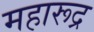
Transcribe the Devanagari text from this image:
महारूद्र